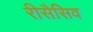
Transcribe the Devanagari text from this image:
रीसैसिव